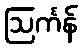
ဩင်္ကန်